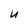
Character: U